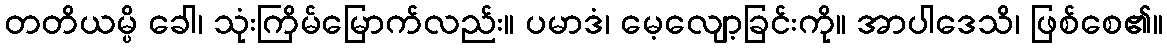
တတိယမ္ပိ ခေါ၊ သုံးကြိမ်မြောက်လည်း။ ပမာဒံ၊ မေ့လျော့ခြင်းကို။ အာပါဒေသိ၊ ဖြစ်စေ၏။